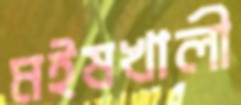
মইষখালী